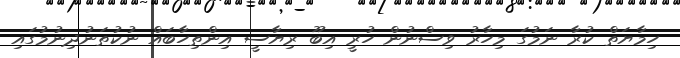
ހިމާޔަތް ކުރާ ނަމުގަ މިހާރު ވިސްނުން ހުރީ އިބޫ ރިޔާސީ އިންތިހާބައް ނުކުތަނުދިނުމުގައި